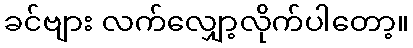
ခင်ဗျား လက်လျှော့လိုက်ပါတော့။